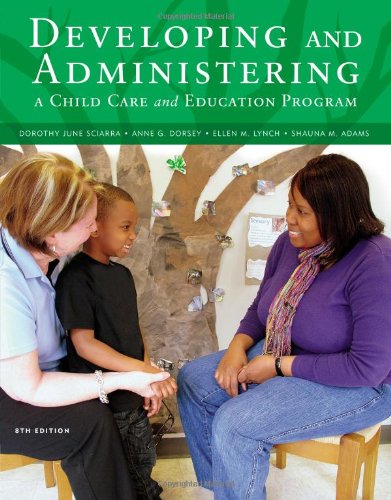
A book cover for Developing and Administering a Child Care and Education Program; Dorothy June Sciarra; Education & Teaching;